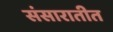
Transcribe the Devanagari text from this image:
संसारातीत